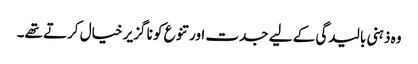
وہ ذہنی بالیدگی کے لیے جدت اور تنوع کو نا گزیر خیال کرتے تھے۔